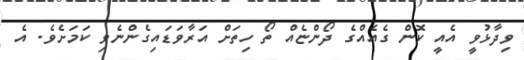
ވިދާޅުވީ އެއީ ކޮން ގެއެއްގެ ދޯންޏެއް ތޯ ހިތަށް އަރާވަޑައިގެންނެވި ކަމަށެވެ. އެ